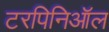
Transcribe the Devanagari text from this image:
टरपिनिऑल